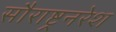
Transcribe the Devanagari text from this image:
सौराष्ट्रनरेश